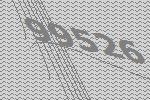
99526